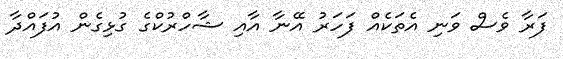
ފަރާ ވެސް ވަނި އެތަކެއް ފަހަރު އޭނާ އާއި ޝާހްރުކްގެ ގުޅިގެން އުފައްދާ